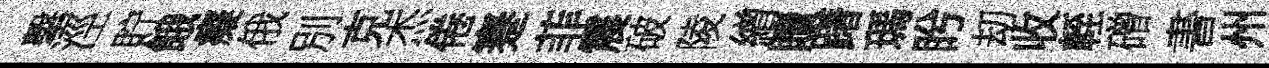
擊涇貯餓癡俄別克杰倦蹇菲震破陵繒贖躇瑪盻刧收輊磳書州